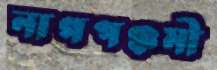
নাগপঞ্চমী